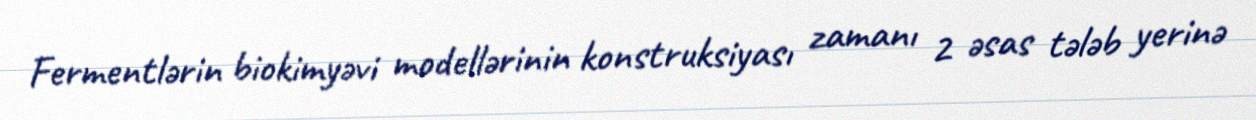
Fermentlərin biokimyəvi modellərinin konstruksiyası zamanı 2 əsas tələb yerinə